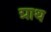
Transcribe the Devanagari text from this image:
ग्राथ